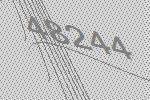
48244